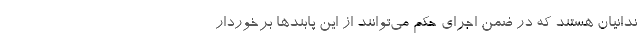
ندانیان هستند که در ضمن اجرای حکم می‌توانند از این پابندها برخوردار